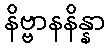
နိဗ္ဗာနနိန္နာ